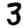
Digit: 3